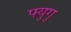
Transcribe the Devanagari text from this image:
फ्युगु